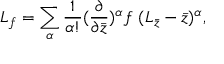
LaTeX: L _ { f } = \sum _ { \alpha } \frac { 1 } { \alpha ! } ( \frac { \partial } { \partial \bar { z } } ) ^ { \alpha } f \ ( L _ { \bar { z } } - \bar { z } ) ^ { \alpha } ,